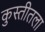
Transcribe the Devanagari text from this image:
कुस्तीतला